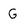
Character: G